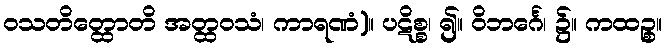
ဝသတိတ္ထောတိ အတ္ထဝသံ၊ ကာရဏံ)။ ပဋိစ္စ၊ ၍။ ဝိဘင်္ဂေ၊ ၌။ ကထဉ္စ။